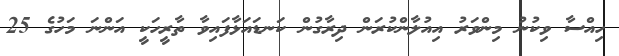
ހިއްސާ ވިކުނު މިންވަރު އިއުލާންކުރަން ދިރާގުން ކަނޑައަޅާފައިވާ ތާރީހަކީ އަންނަ މަހުގެ 25